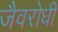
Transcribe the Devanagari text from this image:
जैवरोधी